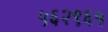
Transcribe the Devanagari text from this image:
५६२९६५